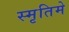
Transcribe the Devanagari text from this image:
स्मृतिमे